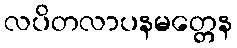
လပိတလာပနမတ္တေန